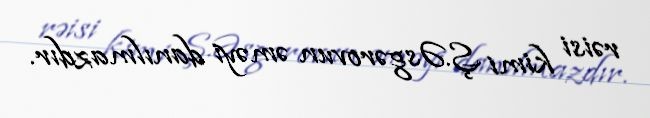
rəisi kimi Ş.Əsgərovun əməyi danılmazdır.